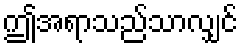
ဤအရာသည်သာလျှင်